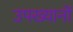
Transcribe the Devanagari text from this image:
उपख्यानों